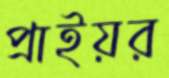
প্রাইয়র